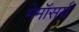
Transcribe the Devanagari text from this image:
मेमॉसर्य